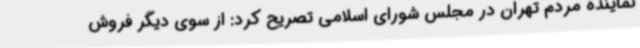
نماینده مردم تهران در مجلس شورای اسلامی تصریح کرد: از سوی دیگر فروش